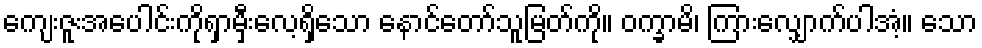
ကျေးဇူးအပေါင်းကိုရှာမှီးလေ့ရှိသော နောင်တော်သူမြတ်ကို။ ဝက္ခာမိ၊ ကြားလျှောက်ပါအံ့။ သော